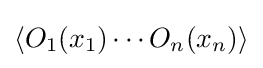
\left\langle O_{1}(x_{1})\cdots O_{n}(x_{n})\right\rangle